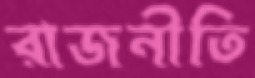
রাজনীতি